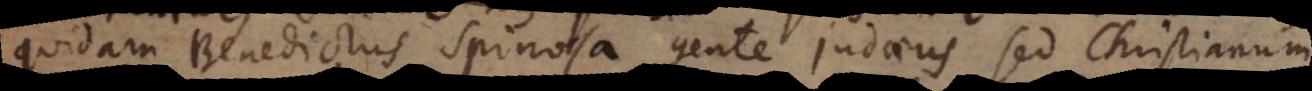
quidam Benedictus Spinosa gente judaeus, sed Christianum